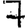
Digit: 7